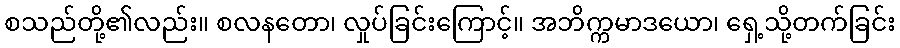
စသည်တို့၏လည်း။ စလနတော၊ လှုပ်ခြင်းကြောင့်။ အဘိက္ကမာဒယော၊ ရှေ့သို့တက်ခြင်း